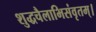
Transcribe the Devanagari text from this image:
शुद्धचैलाभिसंवृतम्।